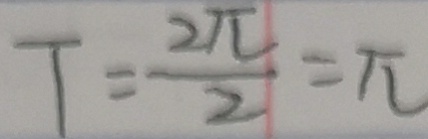
T = \frac { 2 \pi } { 2 } = \pi